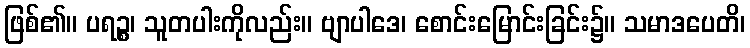
ဖြစ်၏။ ပရဉ္စ၊ သူတပါးကိုလည်း။ ဗျာပါဒေ၊ စောင်းမြောင်းခြင်း၌။ သမာဒပေတိ၊